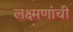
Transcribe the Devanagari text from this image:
लक्ष्मणांची